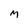
Character: M